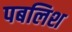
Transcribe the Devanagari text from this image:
पबलिश